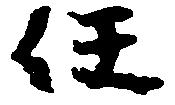
任